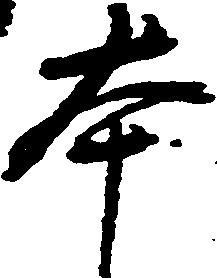
本